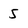
Character: 5